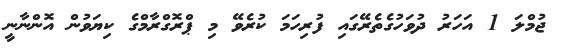
ޖުމްލަ 1 އަހަރު ދުވަހުގެތެރޭގައި ފުރިހަމަ ކުރެވޭ މި ޕްރޮގްރާމްގެ ކިޔަވުން އޮންނާނީ